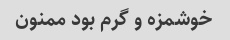
خوشمزه و گرم بود ممنون